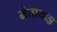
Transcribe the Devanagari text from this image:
मेतायाझ़